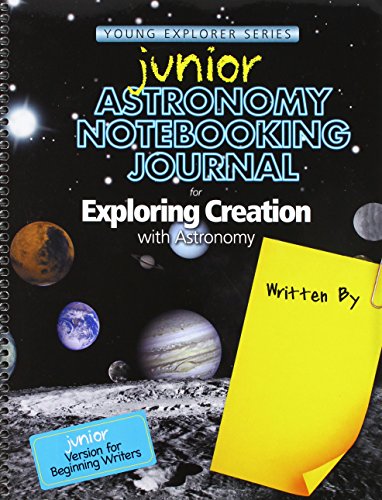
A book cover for Junior Astronomy Notebooking Journal for Exploring Creation with Astronomy; Jeannie K. Fulbright; Science & Math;